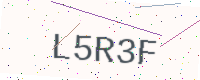
Text: L5R3F